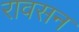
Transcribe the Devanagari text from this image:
रावसन